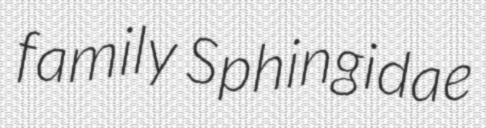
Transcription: family Sphingidae